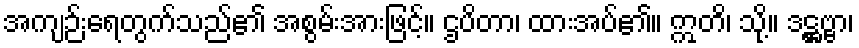
အကျဉ်းရေတွက်သည်၏ အစွမ်းအားဖြင့်။ ဌပိတာ၊ ထားအပ်၏။ ဣတိ၊ သို့။ ဒဋ္ဌဗ္ဗာ၊